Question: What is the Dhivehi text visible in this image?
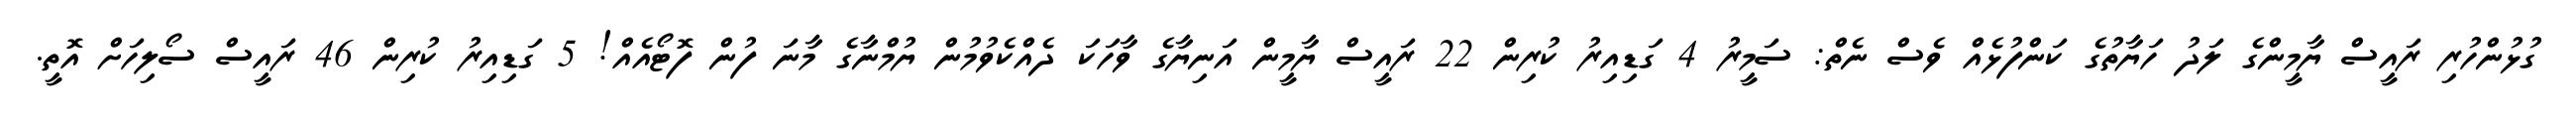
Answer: ގުޅުންހުރި ރައީސް ޔާމީންގެ ލަދު ހަޔާތުގެ ކަންފުޅެއް ވެސް ނެތް: ސަމީރު 4 ގަޑިއިރު ކުރިން 22 ރައީސް ޔާމީން އަނިޔާގެ ވާހަކަ ދެއްކެވުމުން ޔުމްނާގެ މާނަ ފުން ފޮޓޯއެއް! 5 ގަޑިއިރު ކުރިން 46 ރައީސް ސޯލިހަށް އޮތީ.